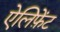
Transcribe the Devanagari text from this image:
ऐलिफ़ेंट